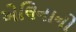
એલિનાનો